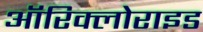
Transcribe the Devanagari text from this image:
ऑरिक्लोराइड